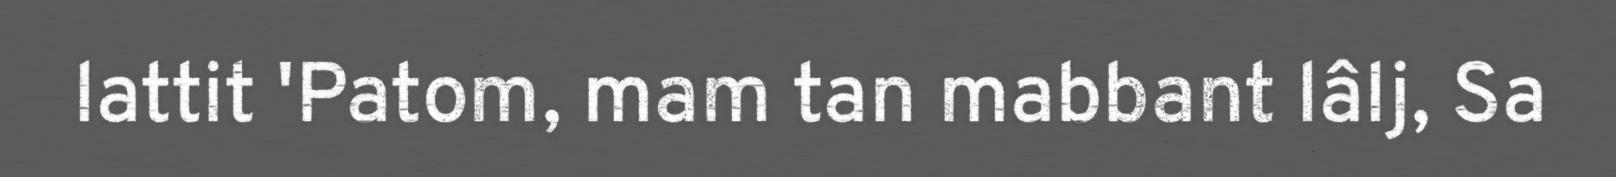
lattit 'Patom, mam tan mabbant lâlj, Sa